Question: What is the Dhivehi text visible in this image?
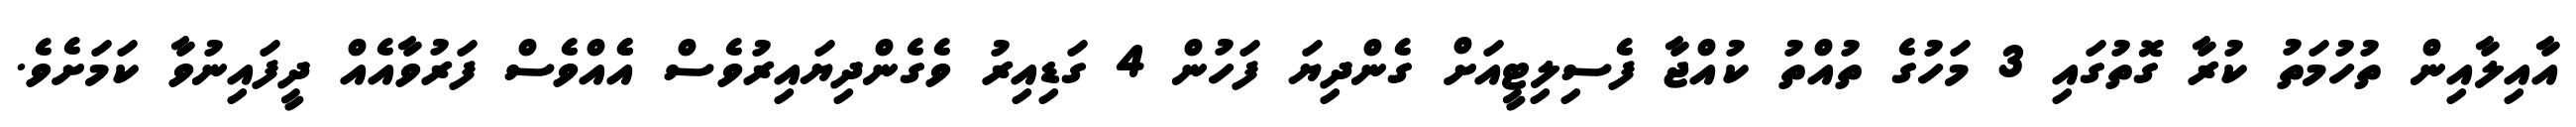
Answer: އާއިލާއިން ތުހުމަތު ކުރާ ގޮތުގައި 3 މަހުގެ ތުއްތު ކުއްޖާ ފެސިލިޓީއަށް ގެންދިޔަ ފަހުން 4 ގަޑިއިރު ވެގެންދިޔައިރުވެސް އެެއްވެސް ފަރުވާއެއް ދީފައިނުވާ ކަމަށެވެ.